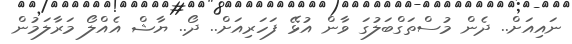
ނައިއަށް.. ދެން މުސްތަގްބަލުގަ ވާން އުޅޭ ފަހަރިއަށް.. ދޯ.. ޔާޝް އެއްލޯ މަރާލަމުން